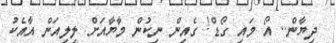
ދިޔާން.. އޯ މައި ގޯޑް! ގެއިން ނިކުން މާޔާއަށް ލިލިއަން އާއެކު